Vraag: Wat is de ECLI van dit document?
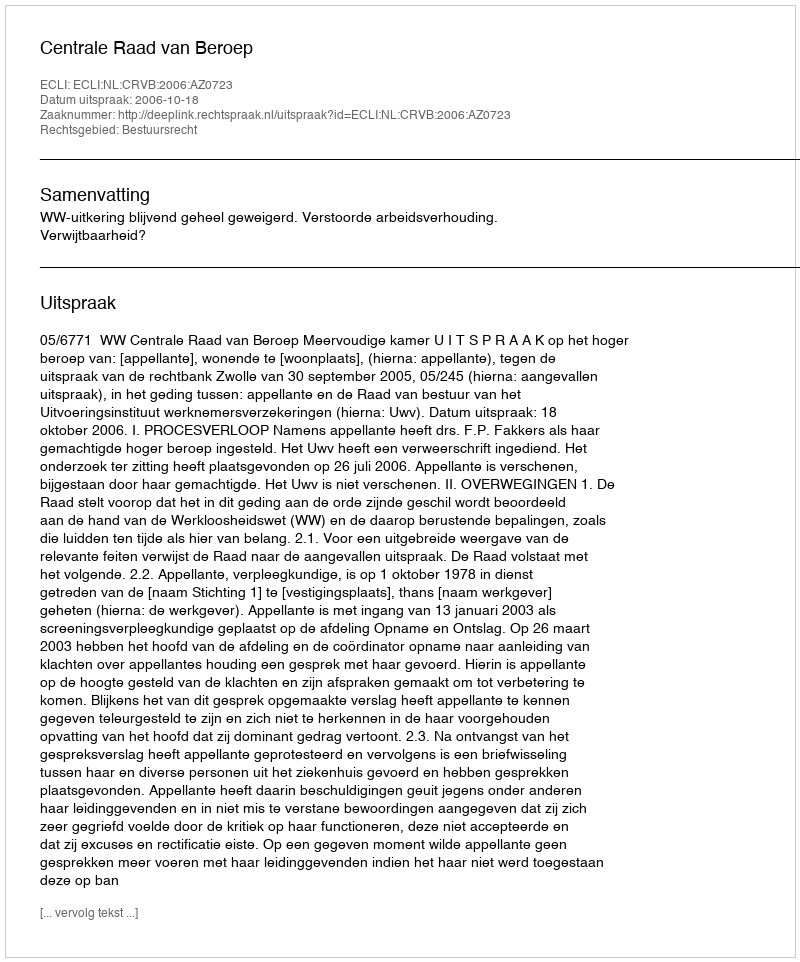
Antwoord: ECLI:NL:CRVB:2006:AZ0723